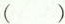
( )